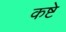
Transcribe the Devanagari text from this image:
कष्टे